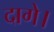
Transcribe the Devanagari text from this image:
दागे।